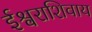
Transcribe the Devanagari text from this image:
ईश्वराशिवाय